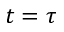
t = \tau